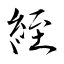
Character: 絰